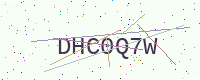
Text: DHC0Q7W